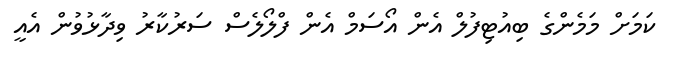
ކަމަށް މަމެންގެ ބިއުޓިފުލް އެން އޯސަމް އެން ފްލޯލެސް ސަރުކާރު ވިދާޅުވުން އެއީ